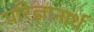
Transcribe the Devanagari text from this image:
परिज्ञानार्थ